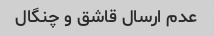
عدم ارسال قاشق و چنگال